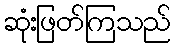
ဆုံးဖြတ်ကြသည်